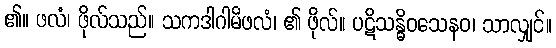
၏။ ဖလံ၊ ဖိုလ်သည်။ သကဒါဂါမိဖလံ၊ ၏ ဖိုလ်။ ပဋိသန္ဓိဝသေနဝ၊ သာလျှင်။